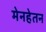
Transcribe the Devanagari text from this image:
मेनहेतन